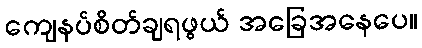
ကျေနပ်စိတ်ချရဖွယ် အခြေအနေပေ။